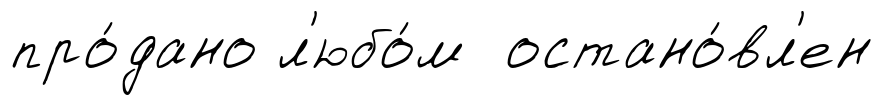
про́дано л'юбо́м остано́вл'ен